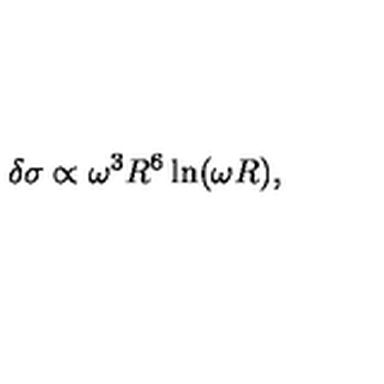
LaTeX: \delta \sigma \propto \omega ^ { 3 } R ^ { 6 } \ln ( \omega R ) ,